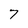
Character: 7